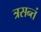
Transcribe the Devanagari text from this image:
त्रसन्तं